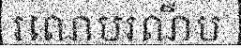
រណេបរណឺប